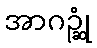
အာဂဉ္ဆုံ